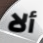
ألا